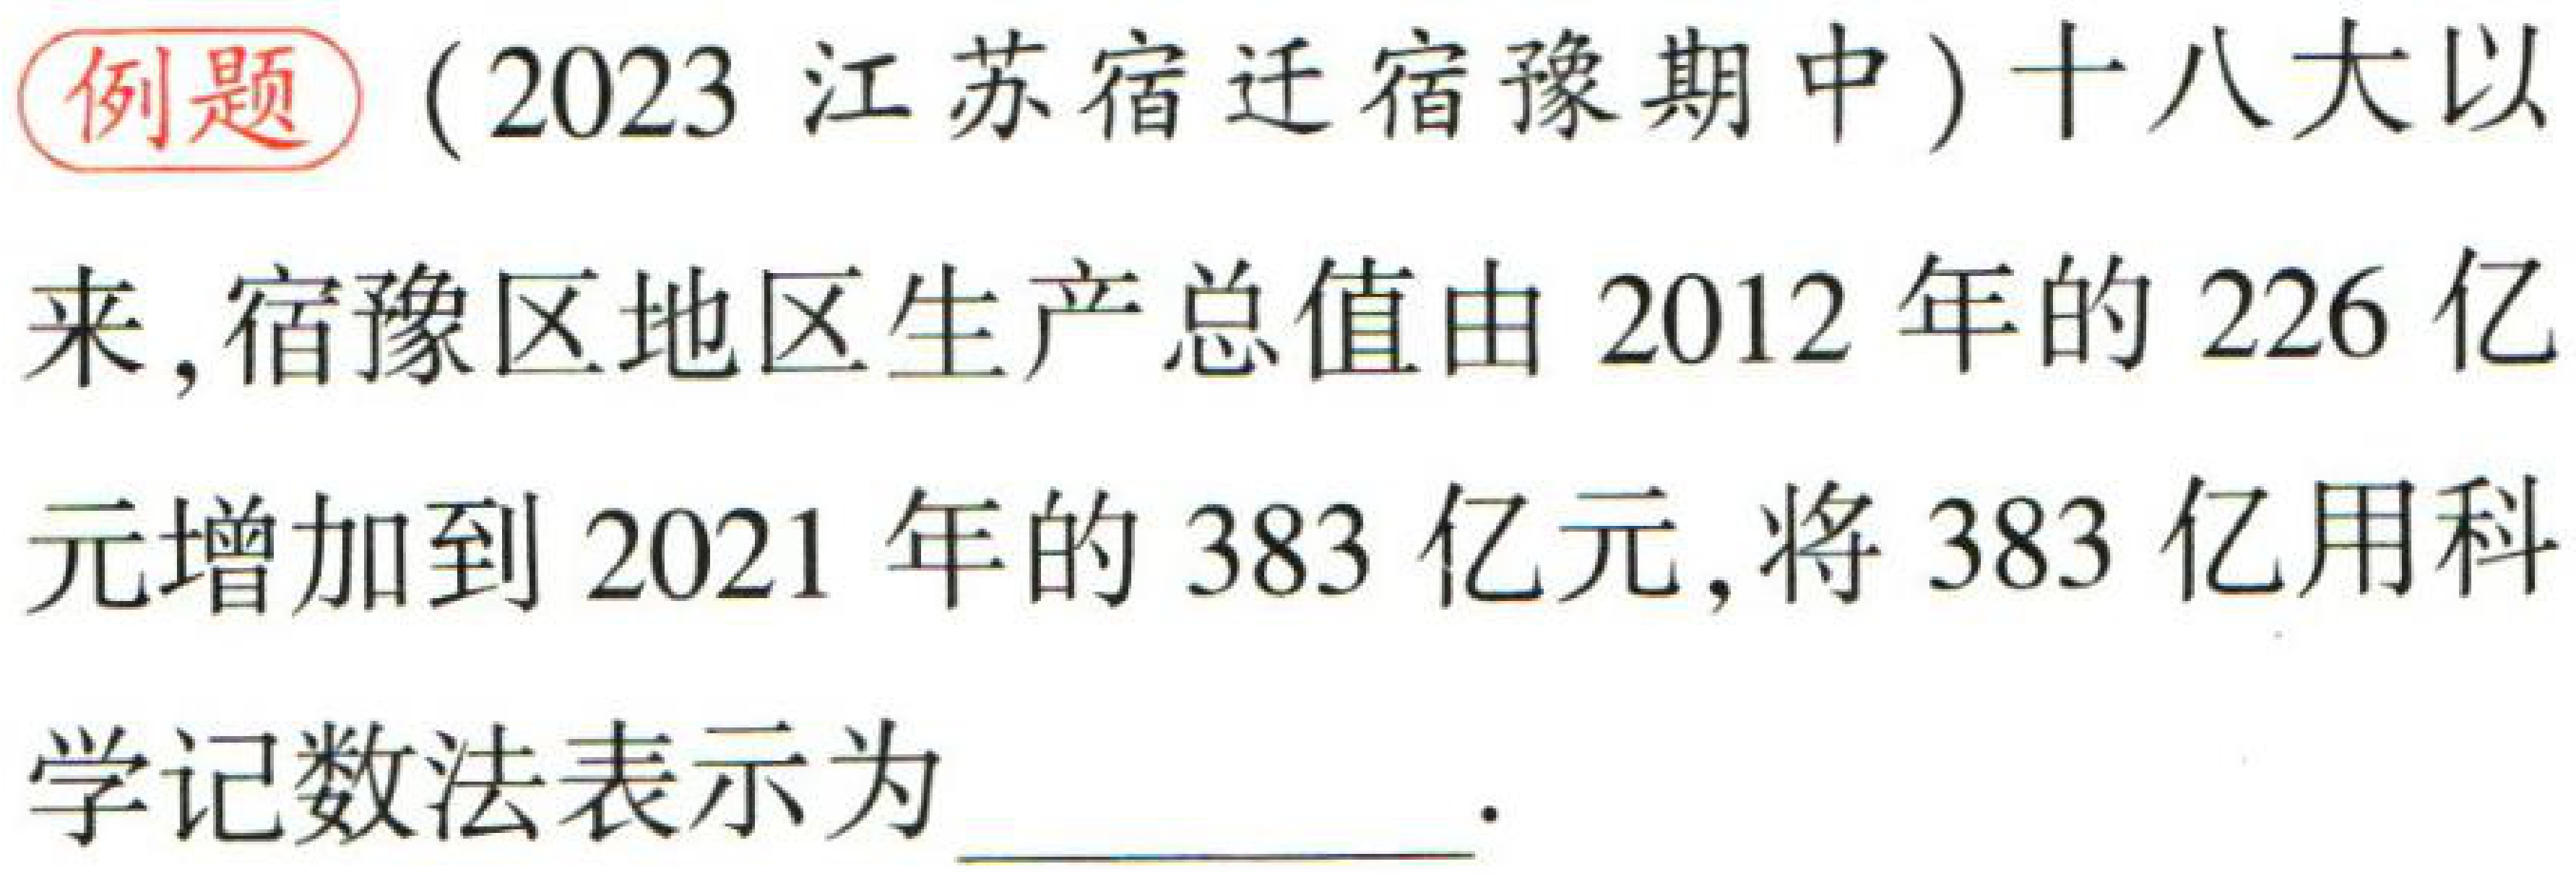
例题（2023 江苏宿迁宿豫期中）十八大以来，宿豫区地区生产总值由 2012 年的 226 亿元增加到 2021 年的 383 亿元，将 383 亿用科学记数法表示为  ．